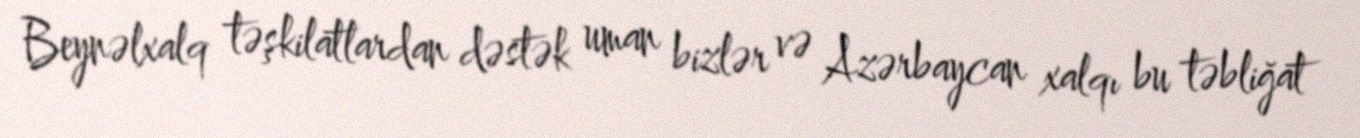
Beynəlxalq təşkilatlardan dəstək uman bizlər və Azərbaycan xalqı bu təbliğat